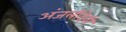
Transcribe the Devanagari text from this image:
अंजलीदेवी